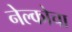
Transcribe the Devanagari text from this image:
नेल्कोचा